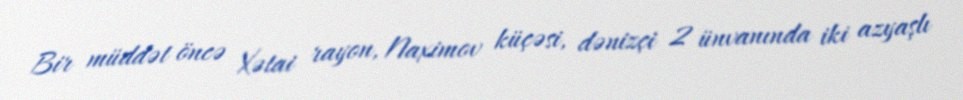
Bir müddət öncə Xətai rayon, Naximov küçəsi, dənizçi 2 ünvanında iki azyaşlı